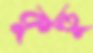
কুন্ডু